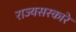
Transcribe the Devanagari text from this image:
राज्यसरकारे